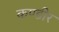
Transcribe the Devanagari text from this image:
कण्डीर